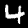
Label: 4